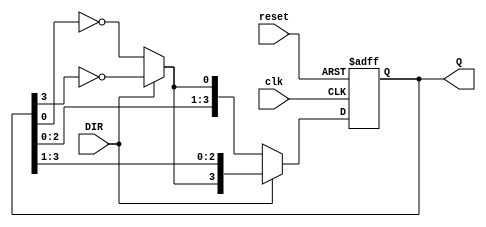
module bidirectional_johnson_counter #(
    parameter N = 4   // Number of flip-flops
) (
    input wire clk,             // Clock signal
    input wire reset,           // Reset signal
    input wire DIR,             // Direction control (1 for up/right, 0 for down/left)
    output reg [N-1:0] Q        // Output state
);

    // Internal signal for feedback
    wire feedback;

    // Assign feedback based on current state and direction
    assign feedback = (DIR == 1'b1) ? ~Q[N-1] : ~Q[0];

    always @(posedge clk or posedge reset) begin
        if (reset) begin
            Q <= 0;  // Reset the counter
        end else begin
            if (DIR) begin
                // Shift Right (Counting Up)
                Q <= {feedback, Q[N-1:1]};
            end else begin
                // Shift Left (Counting Down)
                Q <= {Q[N-2:0], feedback};
            end
        end
    end

endmodule